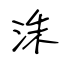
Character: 洙